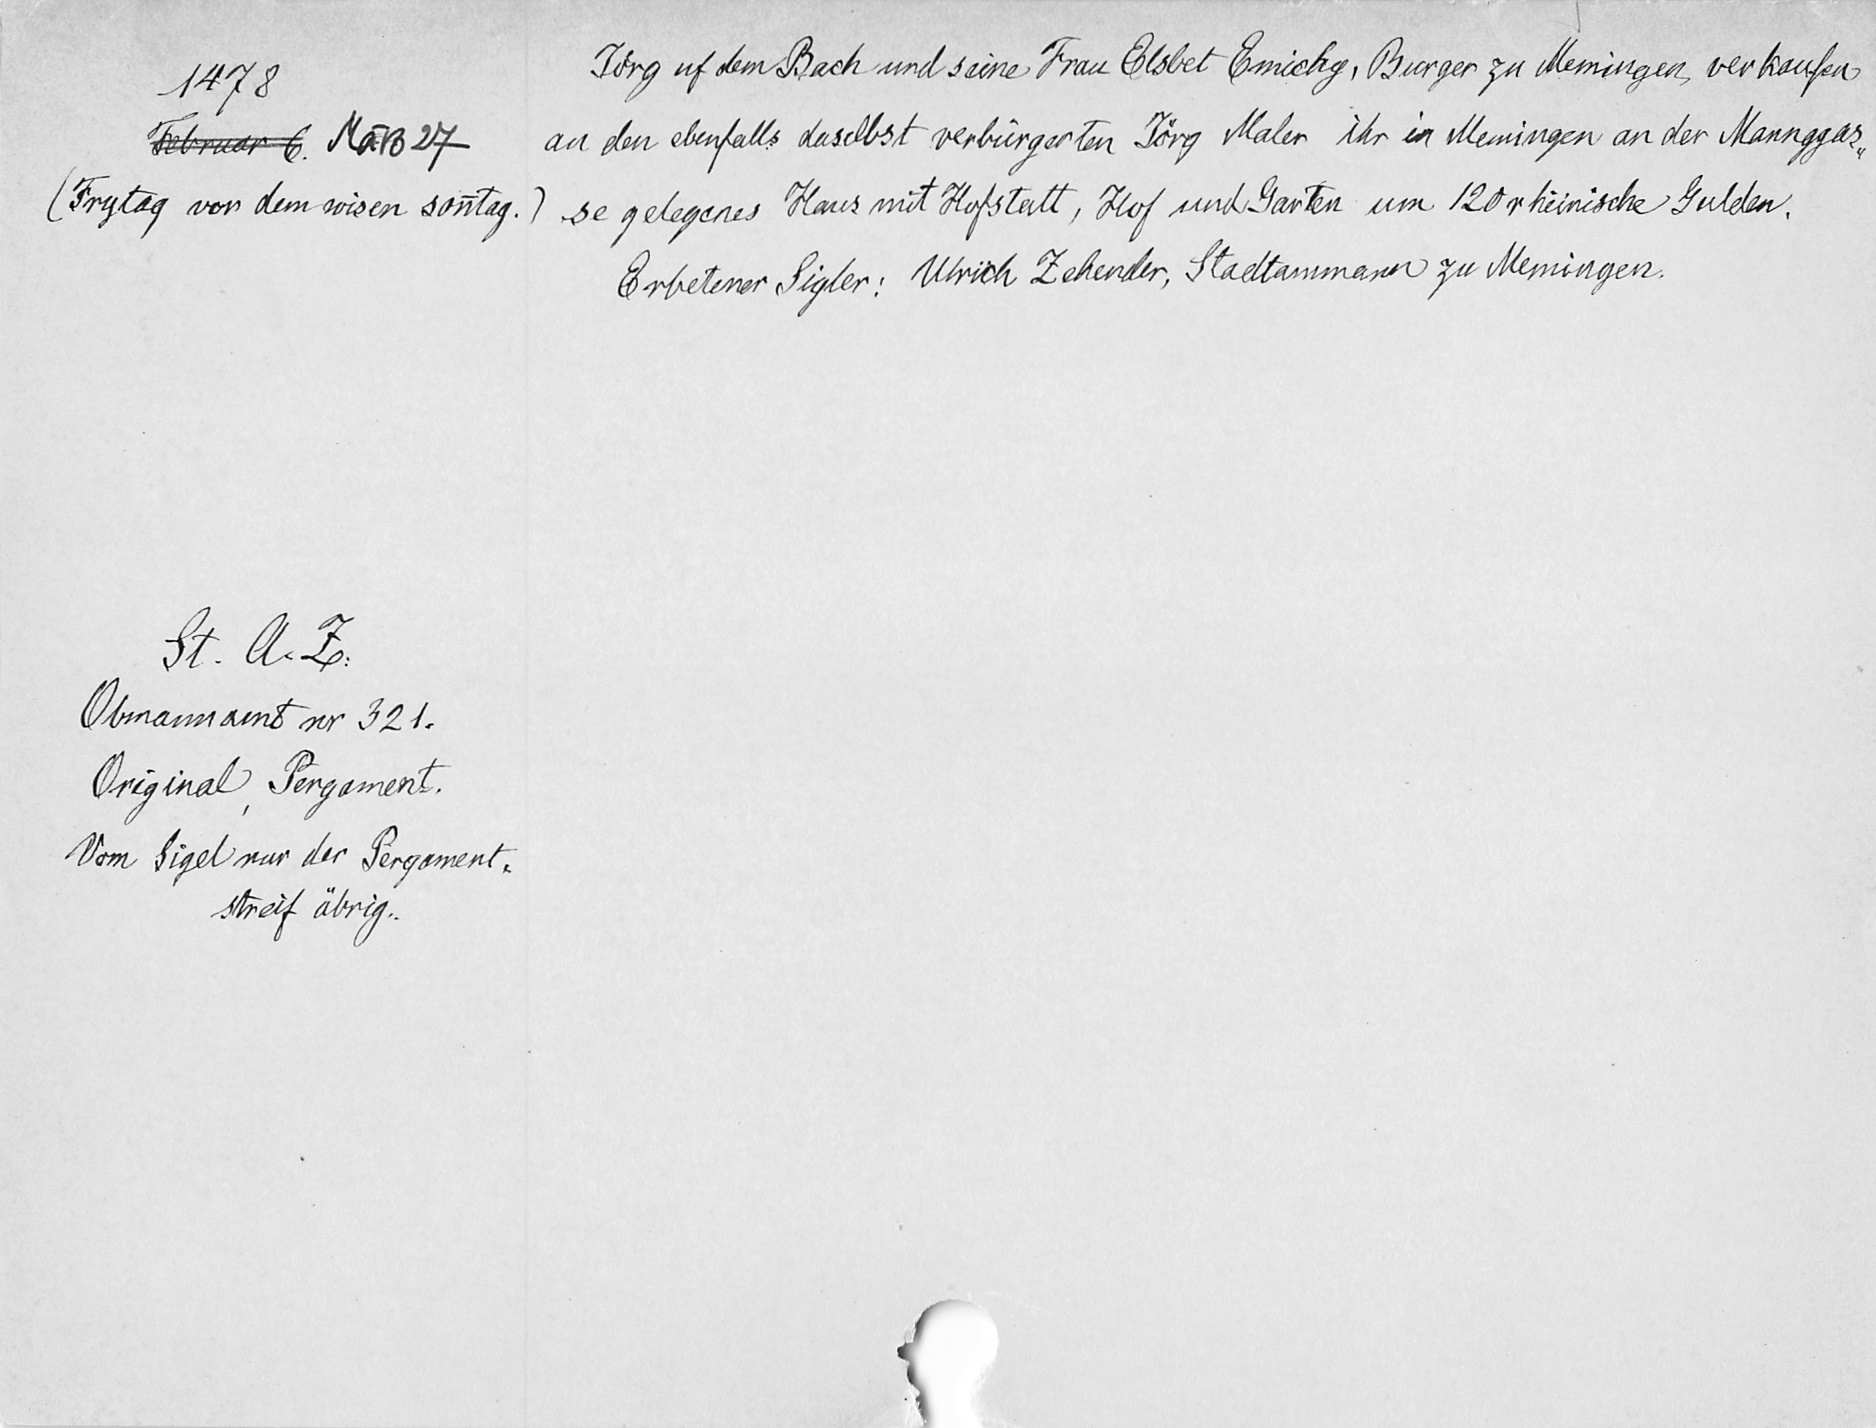
1478
Februar 6. März 27.
(Frytag vor dem wisen sonntag.)
St. A. Z.
Obmannamt nr 321.
Original, Pergament.
Vom Sigel nur der Pergament¬
streif übrig.

Joͤrg uf dem Bach und seine Frau Elsbet Emichg, Burger zu Memingen, verkaufen
an den ebenfalls daselbst verbürgerten Joͤrg Maler ihr in Memingen an der Mannggas¬
se gelegenes Haus mit Hofstatt, Hof und Garten um 120 rheinische Gulden.
Erbetener Sigler: Ulrich Zehender, Stadtammann zu Memingen.